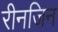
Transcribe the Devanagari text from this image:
रीनजिन